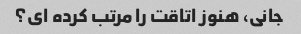
جانی، هنوز اتاقت را مرتب کرده ای؟